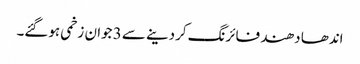
اندھا دھند فائرنگ کردینے سے 3 جوان زخمی ہوگئے۔